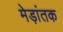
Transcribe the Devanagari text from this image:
मेड़ांतक